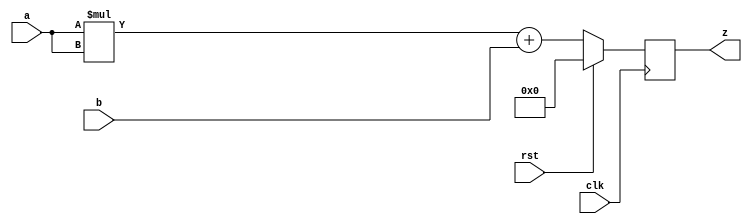
`timescale 1ns / 1ps
`default_nettype none

module square_accumulate #
(
    parameter Z_WIDTH = 16
)
(
    input  wire                 clk,
    input  wire                 rst,

    input  wire [7:0]           a,
    input  wire [Z_WIDTH-1:0]   b,
    output reg  [Z_WIDTH-1:0]   z
);

initial begin
    z = 0;
end

wire signed [15:0] s;

assign s = {{8{a[7]}}, a};

always @(posedge clk)
    if (rst)
        z <= 0;
    else
        z <= $unsigned(s * s) + b;

endmodule

`default_nettype wire